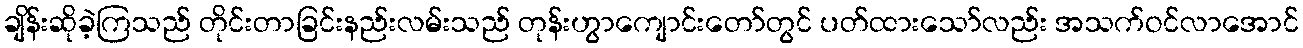
ချိန်းဆိုခဲ့ကြသည် တိုင်းတာခြင်းနည်းလမ်းသည် တုန်းဟွာကျောင်းတော်တွင် ပတ်ထားသော်လည်း အသက်ဝင်လာအောင်